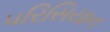
પરિસિયાન